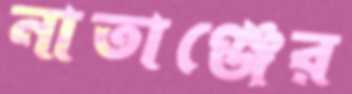
নাতাঞ্জের